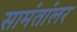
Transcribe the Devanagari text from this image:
सामंतांलर